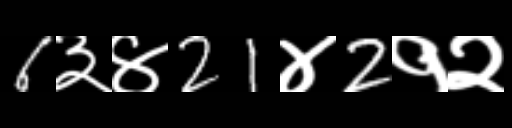
Text: 6३४21४2१२